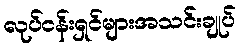
လုပ်ငန်းရှင်များအသင်းချုပ်